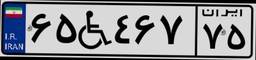
۶۵W۴۶۷۷۵